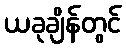
ယခုချိန်တွင်